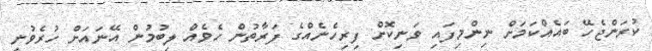
ކުރަންޖެހޭ ބައެއްކަމަށް ނިންމިފައި ވަނިކޮށް ފިރިހެނެއްގެ ފަރާތުން ހެވެއް ލިބުމުން އޭނައަށް ހުރެވުނީ